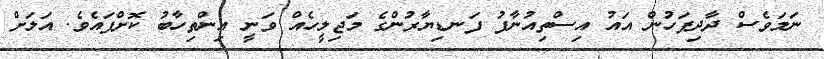
ނަމަވެސް ދާދިފަހުން އައު އިސްތިއުނާފު ފަނޑިޔާރުންގެ މަޖިލީހެއް ވަނީ އިންތިހާބު ކޮށްފައެވެ. އަލަށް